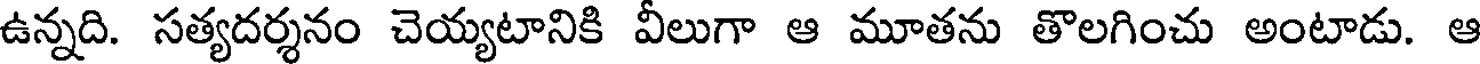
ఉన్నది. సత్యదర్శనం చెయ్యటానికి వీలుగా ఆ మూతను తొలగించు అంటాడు. ఆ